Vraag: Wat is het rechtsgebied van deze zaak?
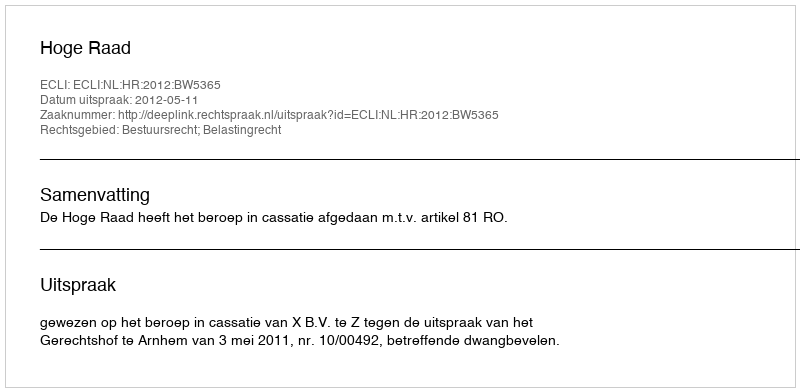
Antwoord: Bestuursrecht; Belastingrecht